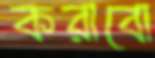
করাবো